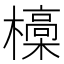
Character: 𣝩